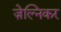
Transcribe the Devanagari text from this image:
ज़ेल्निकर